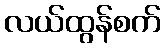
လယ်ထွန်စက်